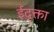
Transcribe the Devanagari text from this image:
ईदृक्ता